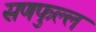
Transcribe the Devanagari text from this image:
सणफुल्ल